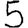
Digit: 5